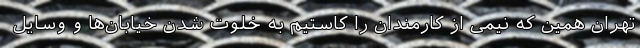
تهران همین که نیمی از کارمندان را کاستیم به خلوت شدن خیابان‌ها و وسایل